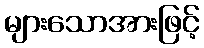
များသောအားဖြင့်